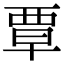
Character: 覃